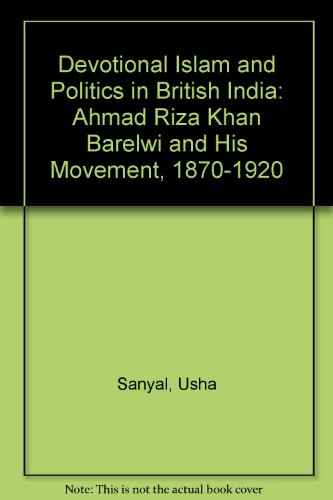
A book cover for Devotional Islam and Politics in British India: Ahmed Riza Khan Barelvi and His Movement, 1870-1920; Usha Sanyal; History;